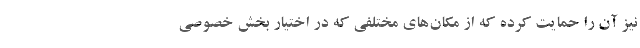
نیز آن را حمایت کرده که از مکان‌های مختلفی که در اختیار بخش خصوصی